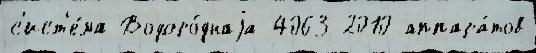
с'ист'е́ма Водоро́днаjа 4063-2010 аппара́тов